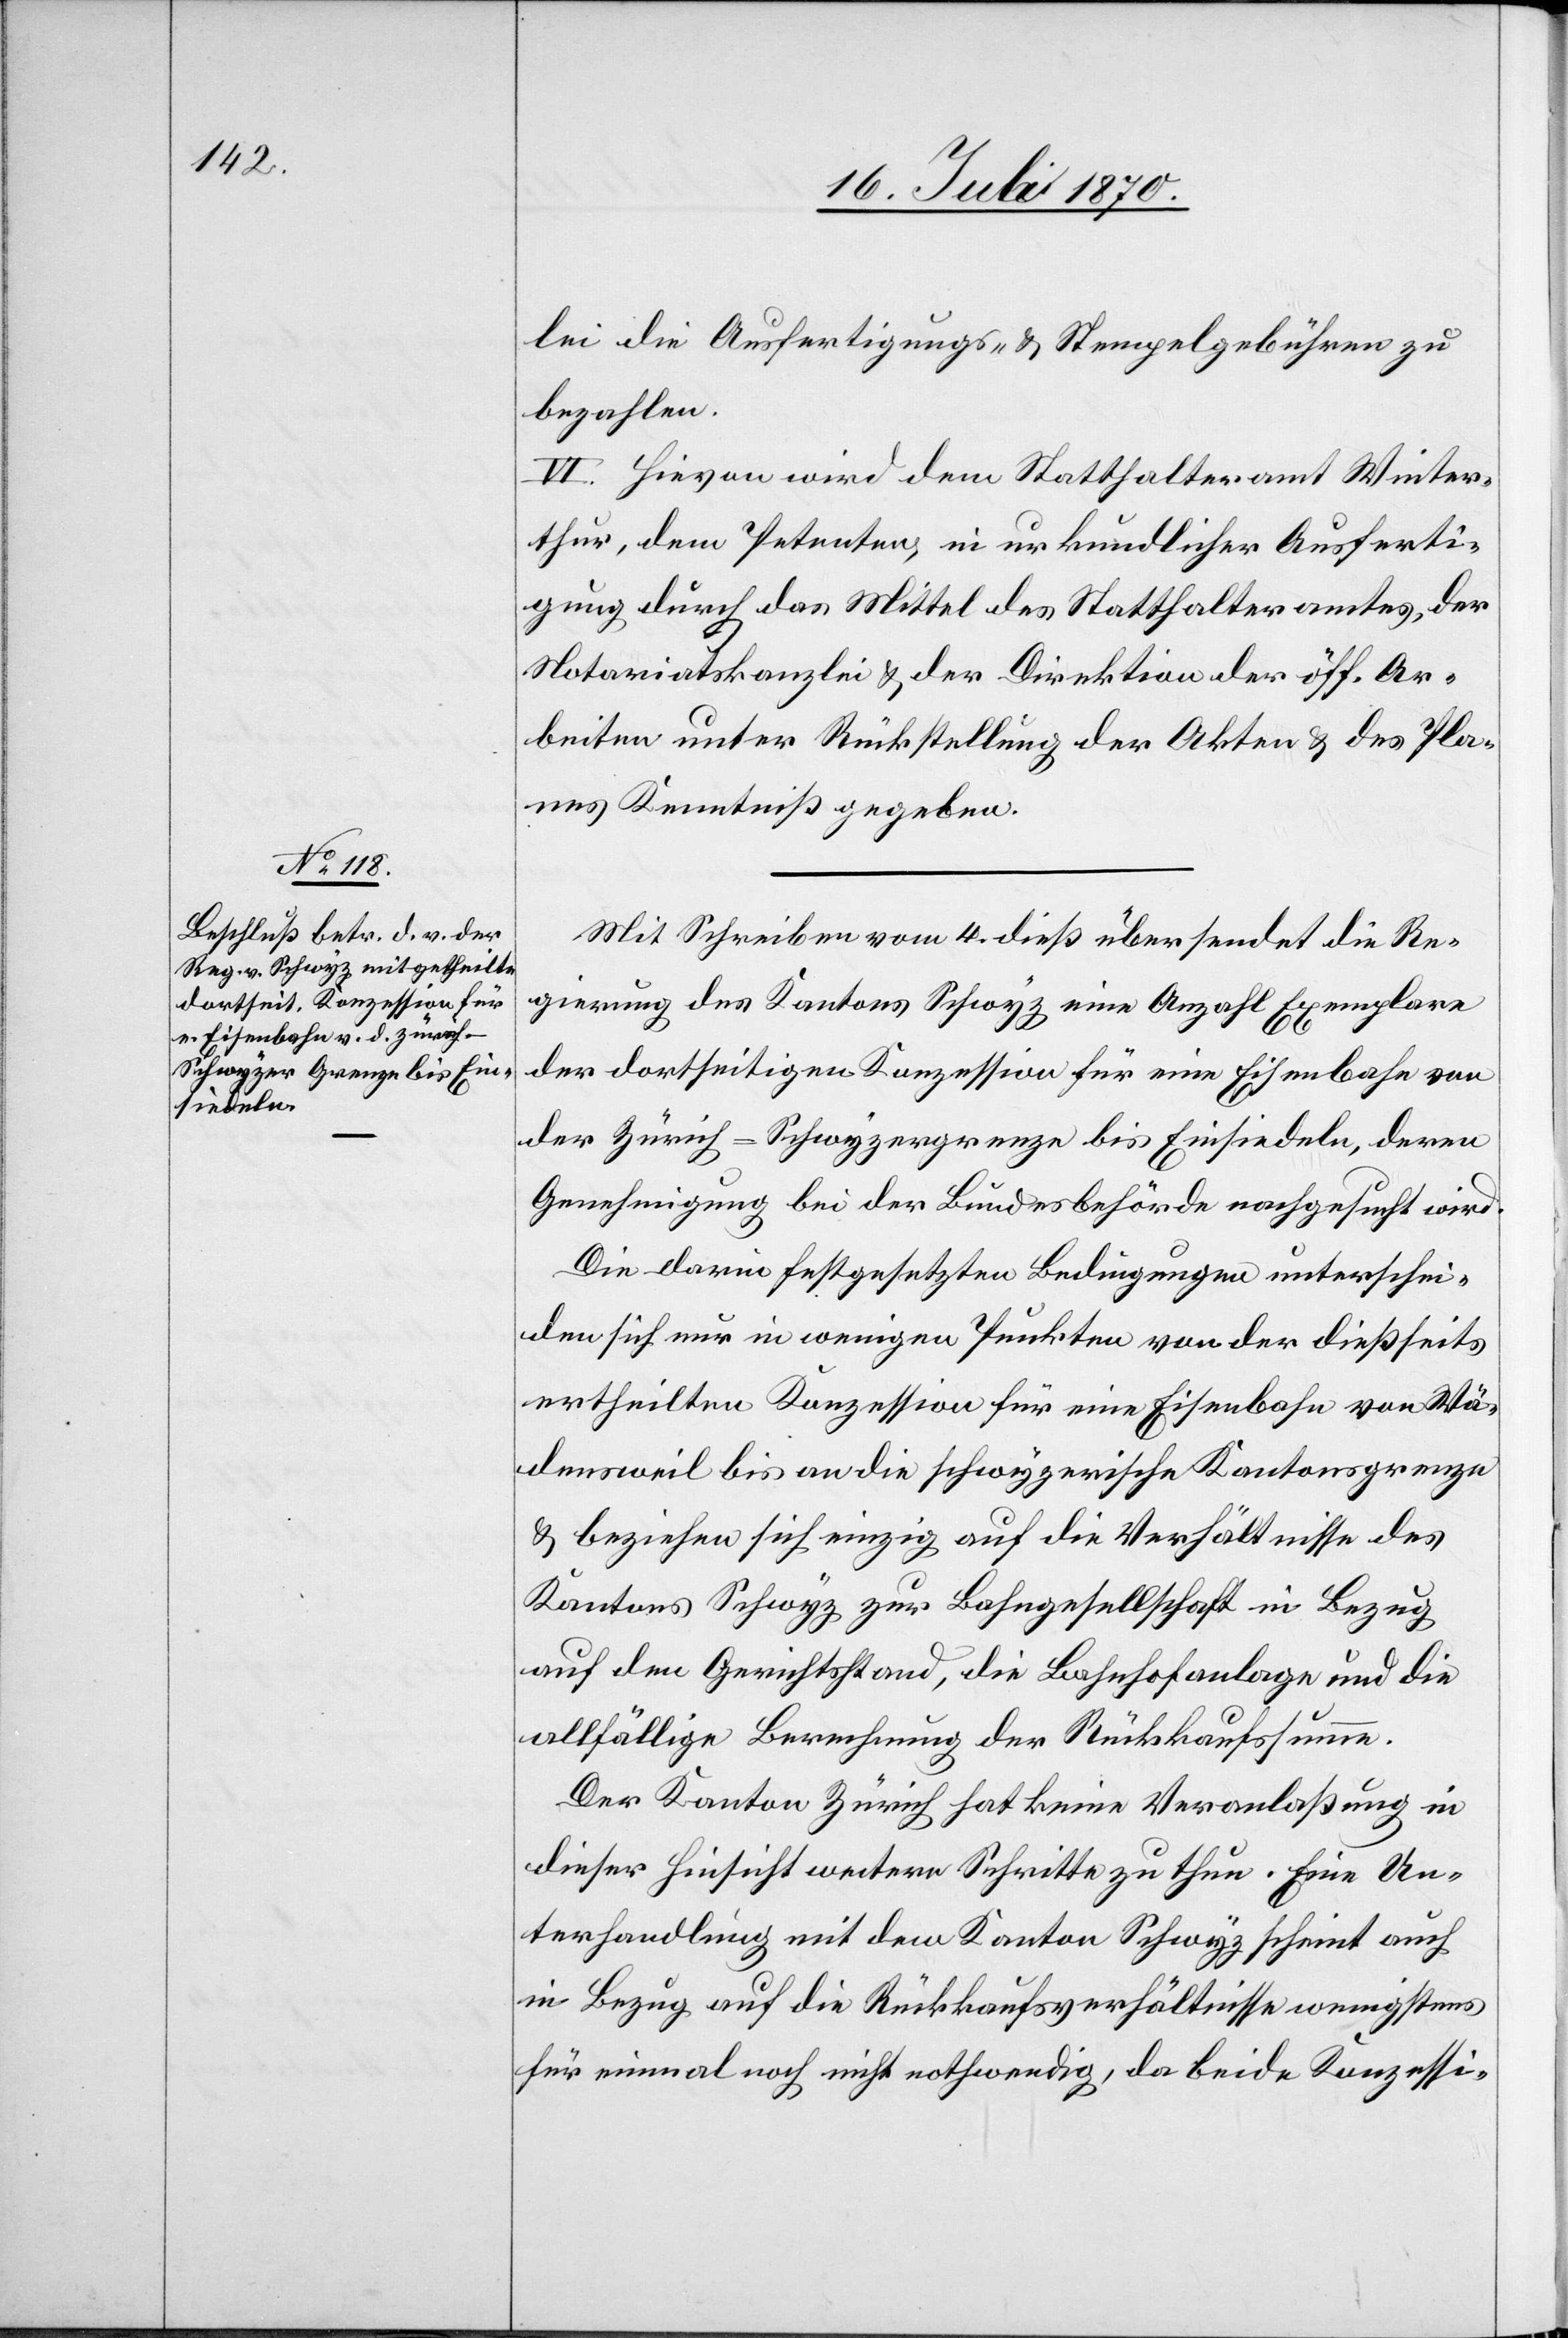
lei die Ausfertigungs- & Stempelgebühren zu
bezahlen.
VI. Hievon wird dem Statthalteramt Winter¬
thur, dem Petenten, in urkundlicher Ausferti¬
gung durch das Mittel des Statthalteramtes, der
Notariatskanzlei & der Direktion der öff. Ar¬
beiten unter Rückstellung der Akten & des Pla¬
nes Kenntniß gegeben.
Mit Schreiben vom 4. dieß übersendet die Re¬
gierung des Kantons Schwyz eine Anzahl Exemplare
der dortseitigen Konzession für eine Eisenbahn von
der Zürich-Schwyzergrenze bis Einsiedeln, deren
Genehmigung bei der Bundesbehörde nachgesucht wird.
Die darin festgesetzten Bedingungen unterschei¬
den sich nur in wenigen Punkten von der dießseits
ertheilten Konzession für eine Eisenbahn von Wä¬
densweil bis an die schwyzerische Kantonsgrenze
& beziehen sich einzig auf die Verhältnisse des
Kantons Schwyz zur Bahngesellschaft in Bezug
auf den Gerichtsstand, die Bahnhofanlage und die
allfällige Berechnung der Rückkaufssumme.
Der Kanton Zürich hat keine Veranlaßung in
dieser Hinsicht weitere Schritte zu thun. Eine Un¬
terhandlung mit dem Kanton Schwyz scheint auch
in Bezug auf die Rückkaufsverhältnisse für
einmal noch nicht nothwendig, da beide Konzessi-